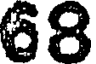
68